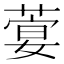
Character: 𦶳